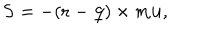
LaTeX: { \bf S } = - ( { \bf r } - { \bf q } ) \times m { \bf u } ,